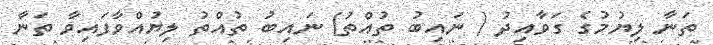
ތަނާ ލިޔުމުގެ ގަވާއިދު ( ނައިބު ތުއްތު) ނައިބު ތުއްތު ލިޔުއްވާފައިވާ ތަނާ